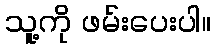
သူ့ကို ဖမ်းပေးပါ။